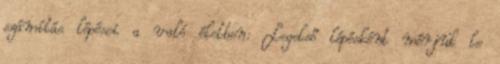
számítás lépései a való életben: Legelső lépésként mérjük le